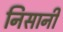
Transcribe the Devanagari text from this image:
निसानी